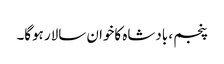
پنجم ، بادشاہ کاخوان سالار ہوگا۔